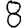
Digit: 8